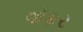
વૉકર